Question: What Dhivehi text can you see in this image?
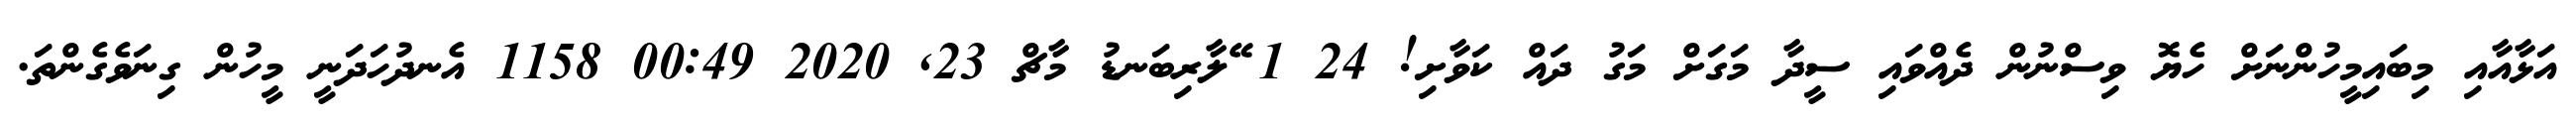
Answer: އަޅާއާއި މިބައިމީހުންނަށް ހެޔޮ ވިސްނުން ދެއްވައި ސީދާ މަގަށް މަގު ދައް ކަވާށި! 24 1 ޭލާރިބަނޑު މާޗް 23, 2020 00:49 1158 އެނދުހަދަނީ މީހުން ގިނަވެގެންތަ.